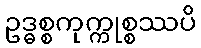
ဥဒ္ဓစ္စကုက္ကုစ္စဿပိ